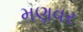
મણવર